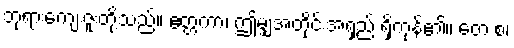
ဘုရားကျေးဇူးတို့သည်။ ဧတ္တကာ၊ ဤမျှအတိုင်းအရှည် ရှိကုန်၏။ တေ စ၊